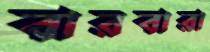
বারবারা